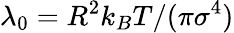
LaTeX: \lambda_{0}=R^{2}k_{B}T/(\pi\sigma^{4})